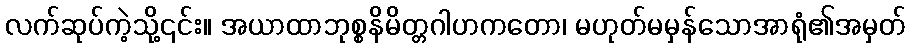
လက်ဆုပ်ကဲ့သို့၎င်း။ အယာထာဘုစ္စနိမိတ္တဂါဟကတော၊ မဟုတ်မမှန်သောအာရုံ၏အမှတ်